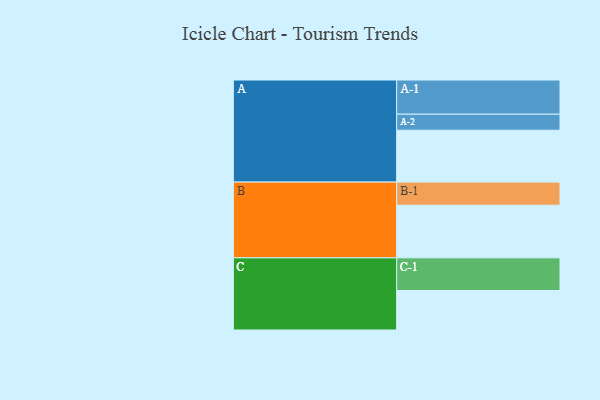
{"axis": {"x": "Segment", "y": "Value"}, "legend": ["", "A", "B", "C"], "data": [{"x": "A", "y": 402, "type": ""}, {"x": "B", "y": 408, "type": ""}, {"x": "C", "y": 306, "type": ""}, {"x": "A-1", "y": 265, "type": "A"}, {"x": "A-2", "y": 124, "type": "A"}, {"x": "B-1", "y": 179, "type": "B"}, {"x": "C-1", "y": 253, "type": "C"}]}